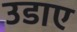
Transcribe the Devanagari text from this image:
उडाए